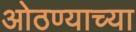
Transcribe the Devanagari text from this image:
ओठण्याच्या